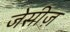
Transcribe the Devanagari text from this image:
जेसीज़